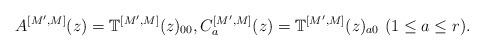
LaTeX: \begin{align*}A^{[M', M]}(z)=\mathbb{T}^{[M', M]}(z)_{00}, C_{a}^{[M', M]}(z)=\mathbb{T}^{[M', M]}(z)_{a0} \,\, (1\le a \le r). \end{align*}